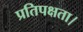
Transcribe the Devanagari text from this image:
प्रतिपक्षता।